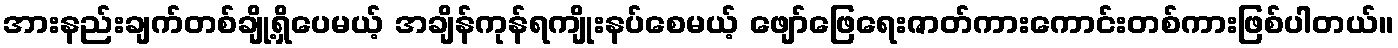
အားနည်းချက်တစ်ချို့ရှိပေမယ့် အချိန်ကုန်ရကျိုးနပ်စေမယ့် ဖျော်ဖြေရေးဇာတ်ကားကောင်းတစ်ကားဖြစ်ပါတယ်။